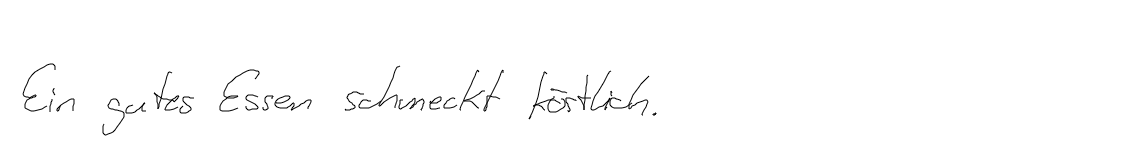
Ein gutes Essen schmeckt köstlich.